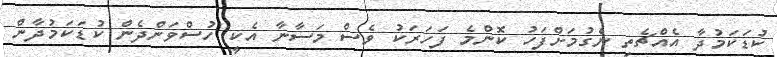
ކުޑަކަމުދާ އެއްޗެތި ނެގުމަށްފަހު ކޮންމެ ފަހަރަކު ވެސް މަސާނާ އެކީ ހުސްވަންދެން ކުޑަކަމުދާން